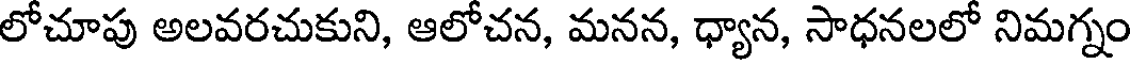
లోచూపు అలవరచుకుని, ఆలోచన, మనన, ధ్యాన, సాధనలలో నిమగ్నం